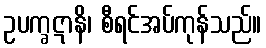
ဥပက္ခဋာနိ၊ စီရင်အပ်ကုန်သည်။